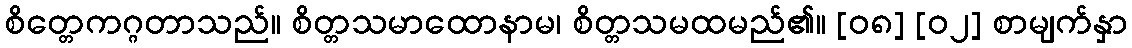
စိတ္တေကဂ္ဂတာသည်။ စိတ္တသမာထောနာမ၊ စိတ္တသမထမည်၏။ [၀၈] [၀၂] စာမျက်နှာ